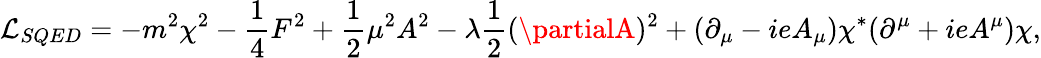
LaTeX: {\cal\mathcal{L}}_{SQED}=-m^{2}\chi^{2}-\frac{{1}}{{4}}F^{2}+\frac{{1}}{{2}}\mu^{2}A^{2}-\lambda\frac{{1}}{{2}}(\partialA)^{2}+(\partial_{\mu}-ieA_{\mu})\chi^{*}(\partial^{\mu}+ieA^{\mu})\chi,